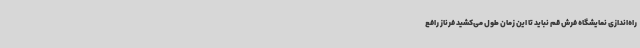
راه‌اندازی نمایشگاه فرش قم نباید تا این زمان طول می‌کشید فرناز رافع